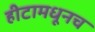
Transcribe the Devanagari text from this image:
हीटामधूनच